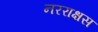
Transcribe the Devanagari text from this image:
नरराक्षस